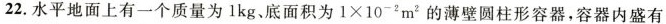
22.水平地面上有一个质量为1kg、底面积为 $$1 \times 1 0 ^ { - 2 } m ^ { 2 }$$的薄壁圆柱形容器，容器内盛有